65_HS1-834228961_62-HQ-83894_SUB_A
Agency: FBI
Page 4
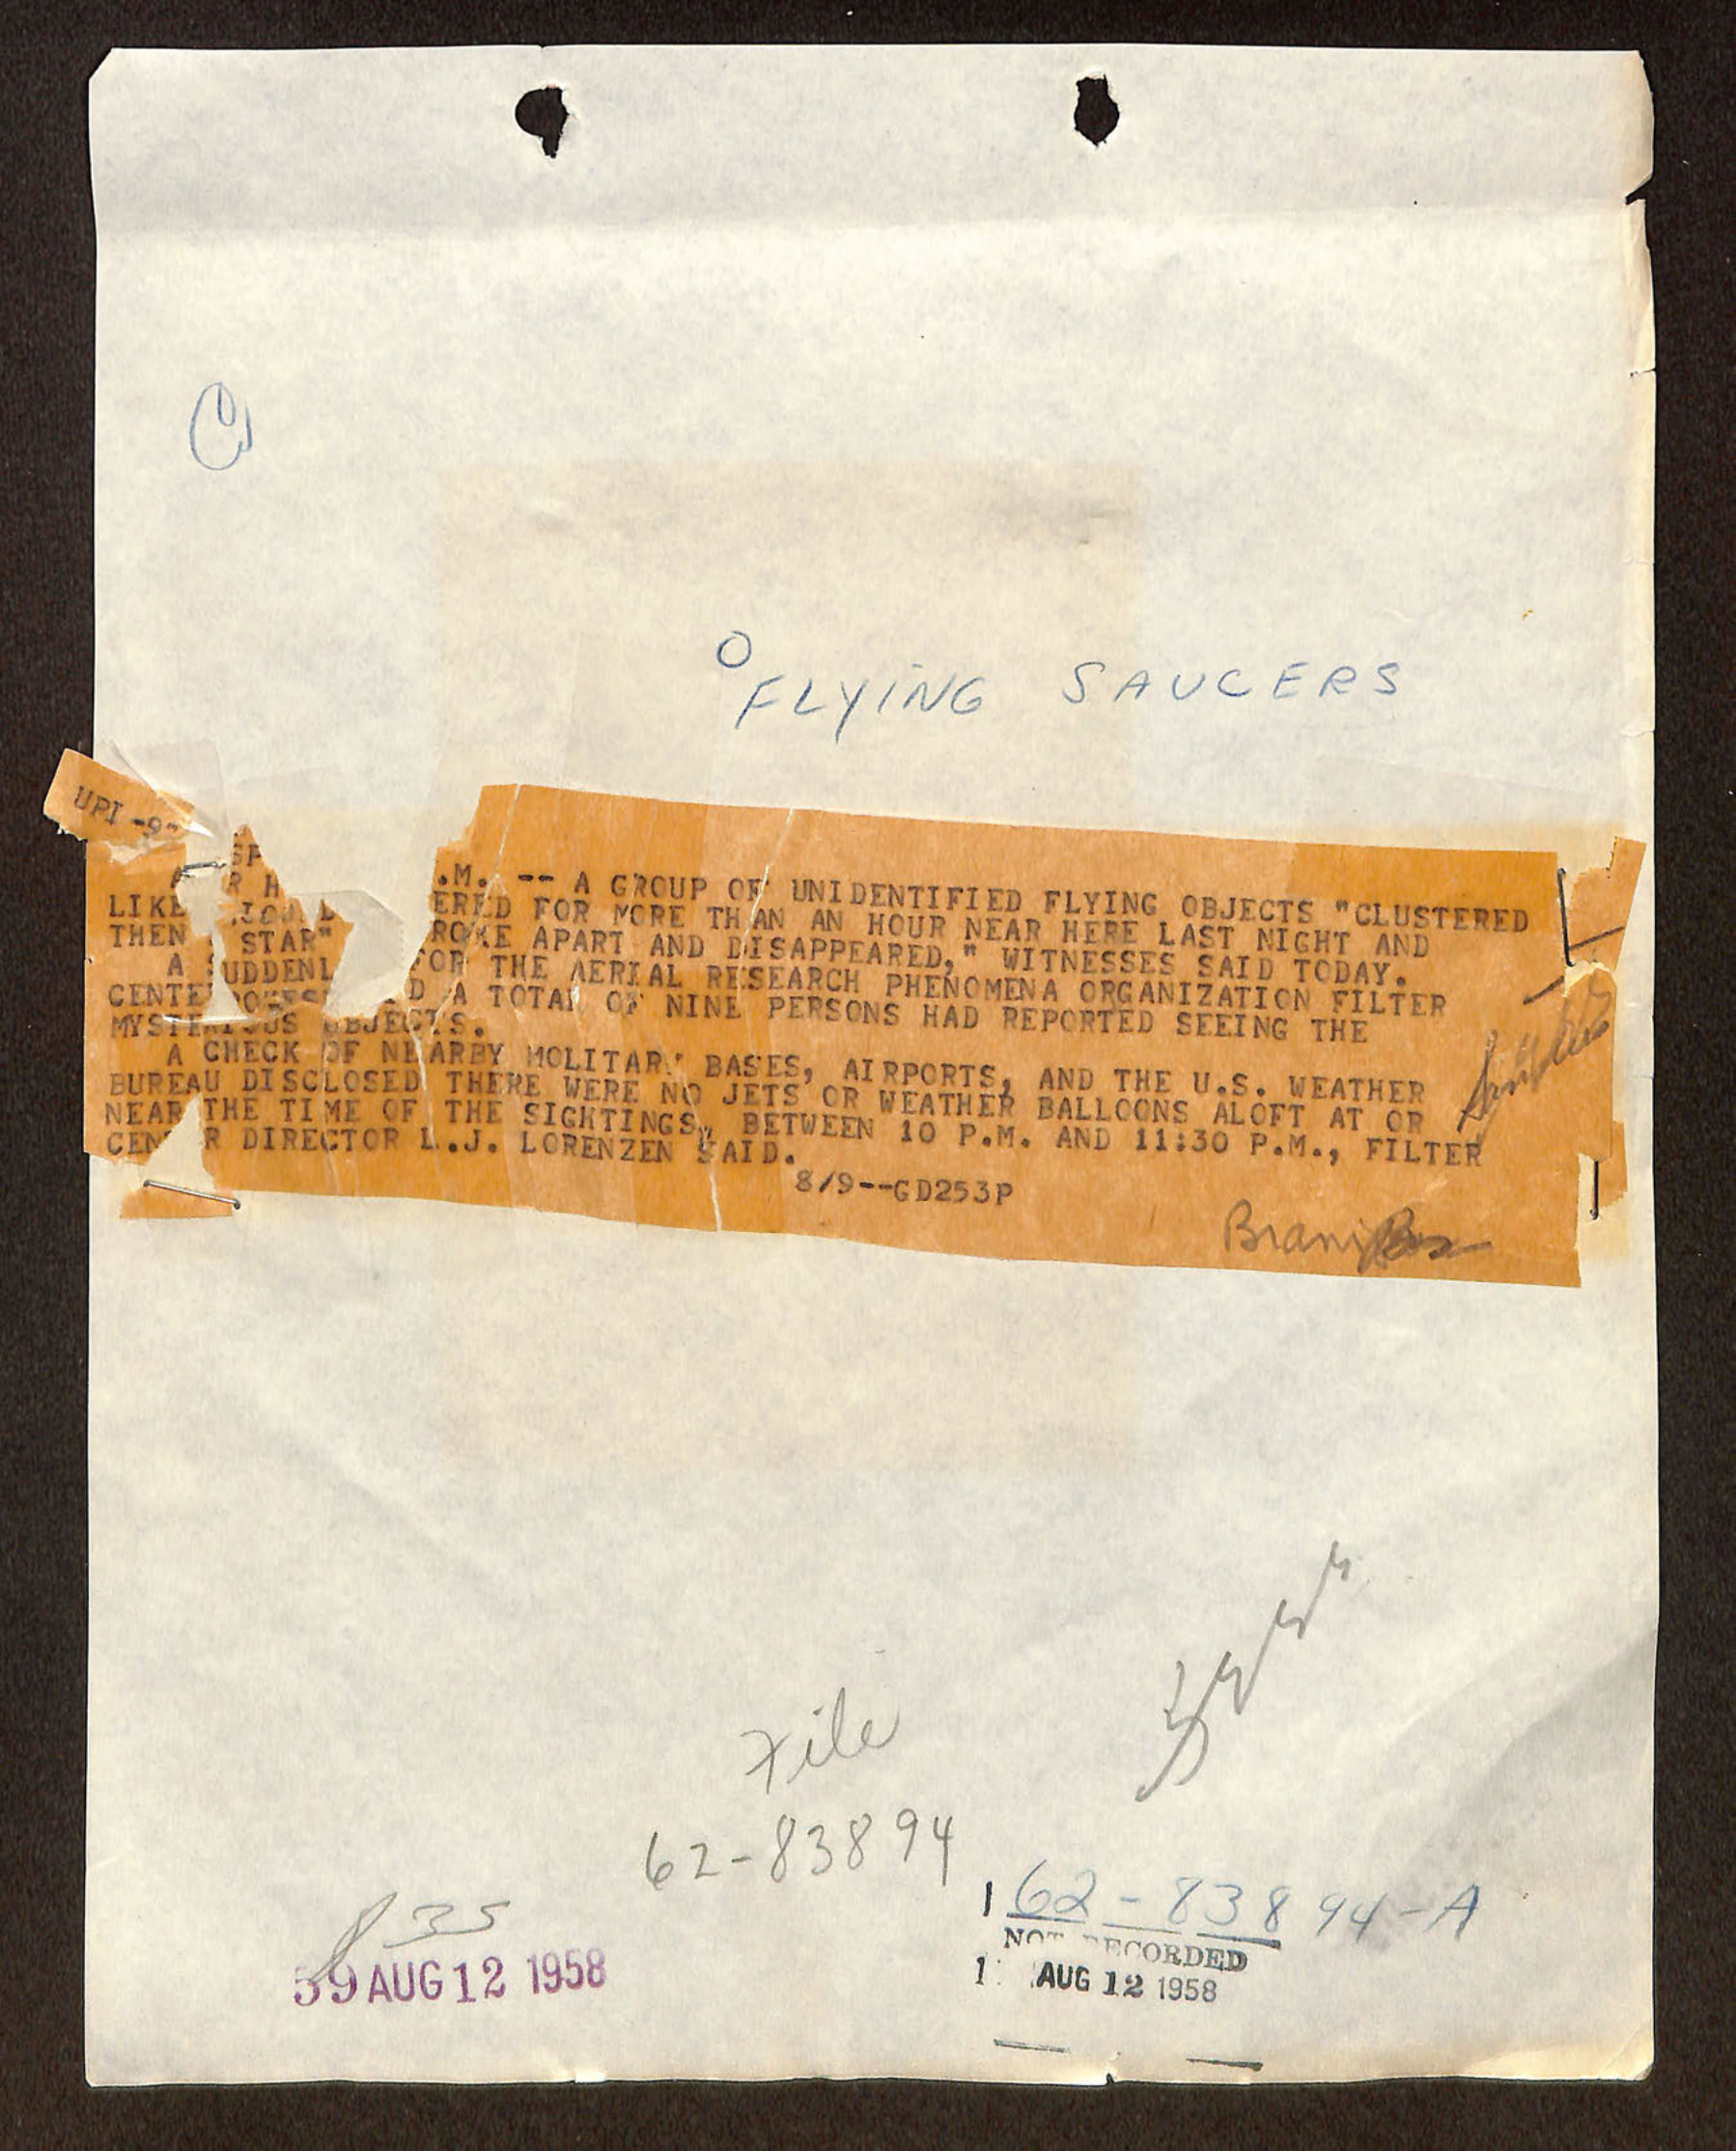